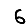
Digit: 6